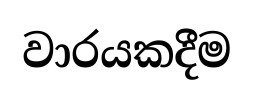
වාරයකදීම